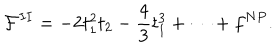
{ \cal F } ^ { I I } = - 2 t _ { 1 } ^ { 2 } t _ { 2 } - \frac { 4 } { 3 } t _ { 1 } ^ { 3 } + \dots + f ^ { N P } .